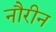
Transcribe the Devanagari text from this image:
नौरीन